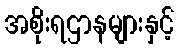
အစိုးရဌာနများနှင့်